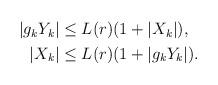
LaTeX: \begin{align*} \begin{aligned}|g_kY_k| & \le L(r) (1 + |X_k|), \\|X_k| & \le L(r) (1 + |g_kY_k|). \end{aligned} \end{align*}